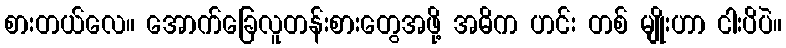
စားတယ်လေ။ အောက်ခြေလူတန်းစားတွေအဖို့ အဓိက ဟင်း တစ် မျိုးဟာ ငါးပိပဲ။